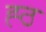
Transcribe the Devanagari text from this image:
ह्ठ